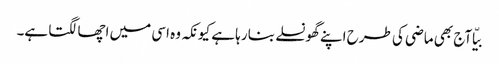
بیّا آج بھی ماضی کی طرح اپنے گھونسلے بنا رہا ہے کیونکہ وہ اسی میں اچھا لگتا ہے۔